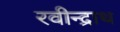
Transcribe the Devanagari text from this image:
रवीन्द्राथ